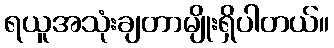
ရယူအသုံးချတာမျိုးရှိပါတယ်။